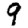
Digit: 9